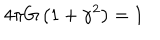
4 \pi G \left( 1 + \gamma ^ { 2 } \right) = 1